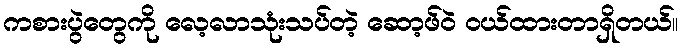
ကစားပွဲတွေကို လေ့လာသုံးသပ်တဲ့ ဆော့ဖ်ဝဲ ဝယ်ထားတာရှိတယ်။